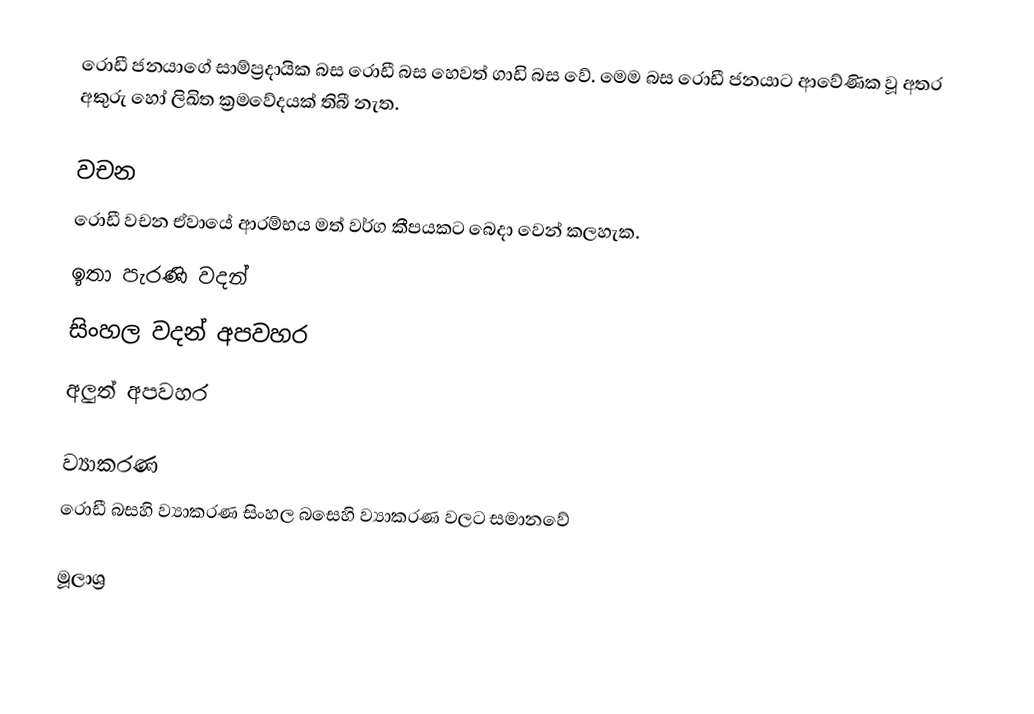
රොඩී ජනයාගේ සාම්ප්‍රදායික බස රොඩී බස හෙවත් ගාඩි බස වේ. මෙම බස රොඩී ජනයාට ආවේණික වූ අතර අකුරු හෝ ලිඛිත ක්‍රමවේදයක් තිබී නැත.

වචන
රොඩී වචන ඒවායේ ආරම්භය මත් වර්ග කීපයකට බෙදා වෙන් කලහැක.
 ඉතා පැරණි වදන්
 සිංහල වදන් අපවහර
 අලුත් අපවහර

ව්‍යාකරණ
රොඩී බසහි ව්‍යාකරණ සිංහල බසෙහි ව්‍යාකරණ වලට සමානවේ

මූලාශ්‍ර